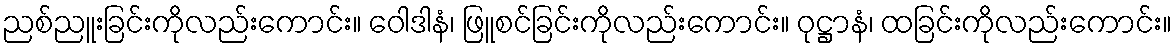
ညစ်ညူးခြင်းကိုလည်းကောင်း။ ဝေါဒါနံ၊ ဖြူစင်ခြင်းကိုလည်းကောင်း။ ဝုဋ္ဌာနံ၊ ထခြင်းကိုလည်းကောင်း။